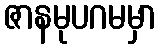
ဇာနမုပဂမမှာ